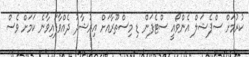
ކުރުމަށް ސްޕެޝަލް އެންވޯއީ ސްޓެފަން ޑި މިސްތޫރާއަށް އިރުޝާދު ދެއްވާފައިވާނެ ކަމަށް ވެސް